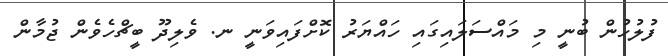
ފުލުހުން ބުނީ މި މައްސަލައިގައި ހައްޔަރު ކޮށްފައިވަނީ ނ. ވެލިދޫ ބީޗްހެވެން ޖުމާން